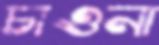
চাওনা